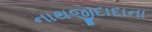
નાથજીદાદાના